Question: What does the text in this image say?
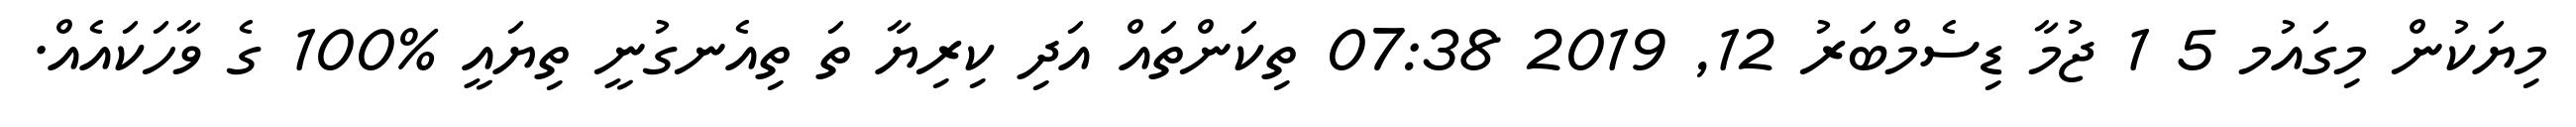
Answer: މިޔަކުން މިގައުމ 5 1 ޖުމާ ޑިސެމްބަރު 12, 2019 07:38 ތިކަންތައް އަދި ކިރިޔާ ތަ ތިއެނގުނީ ތިޔައީ %100 ގެ ވާހަކައެއް.